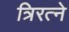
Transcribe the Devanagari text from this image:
त्रिरत्ने